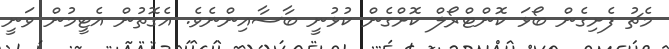
މެޗު ފެށިގެން ބޯޅަ ކޮންޓްރޯލް ކޮށްގެން ކުޅުނީ ބާސާއިންނެވެ. އެގޮތުން އެޓީމުން ވަނީ